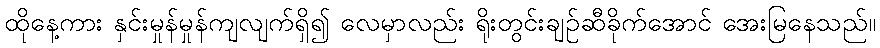
ထိုနေ့ကား နှင်းမှုန်မှုန်ကျလျက်ရှိ၍ လေမှာလည်း ရိုးတွင်းချဉ်ဆီခိုက်အောင် အေးမြနေသည်။